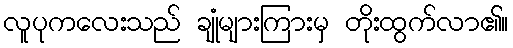
လူပုကလေးသည် ချုံများကြားမှ တိုးထွက်လာ၏။